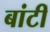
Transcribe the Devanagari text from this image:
बांटीं